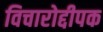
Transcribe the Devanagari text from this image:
विचारोद्दीपक